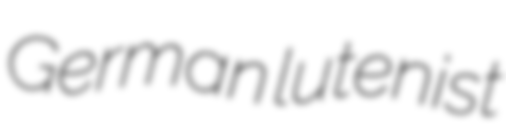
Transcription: German lutenist